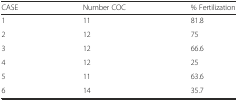
<table><thead><tr><td><b>CASE</b></td><td><b>Number COC</b></td><td><b>% Fertilization</b></td></tr></thead><tbody><tr><td>1</td><td>11</td><td>81.8</td></tr><tr><td>2</td><td>12</td><td>75</td></tr><tr><td>3</td><td>12</td><td>66.6</td></tr><tr><td>4</td><td>12</td><td>25</td></tr><tr><td>5</td><td>11</td><td>63.6</td></tr><tr><td>6</td><td>14</td><td>35.7</td></tr></tbody></table>